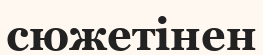
сюжетінен